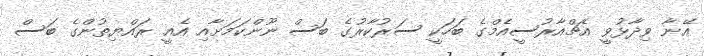
އޭނާ ވިދާޅުވީ އެޗްއާރުސީއެމްގެ ބަހަކީ ސަރުކާރުގެ ބަސް ނޫންކަމަށާއި އެއީ ރައްޔިތުންގެ ބަސް